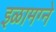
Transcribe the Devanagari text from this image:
इळामग्ने